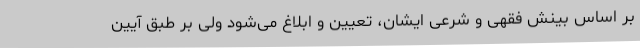
بر اساس بینش فقهی و شرعی ایشان، تعیین و ابلاغ می‌شود ولی بر طبق آیین